Calcutta medical institutions reports 1892-1900
Year: 1892
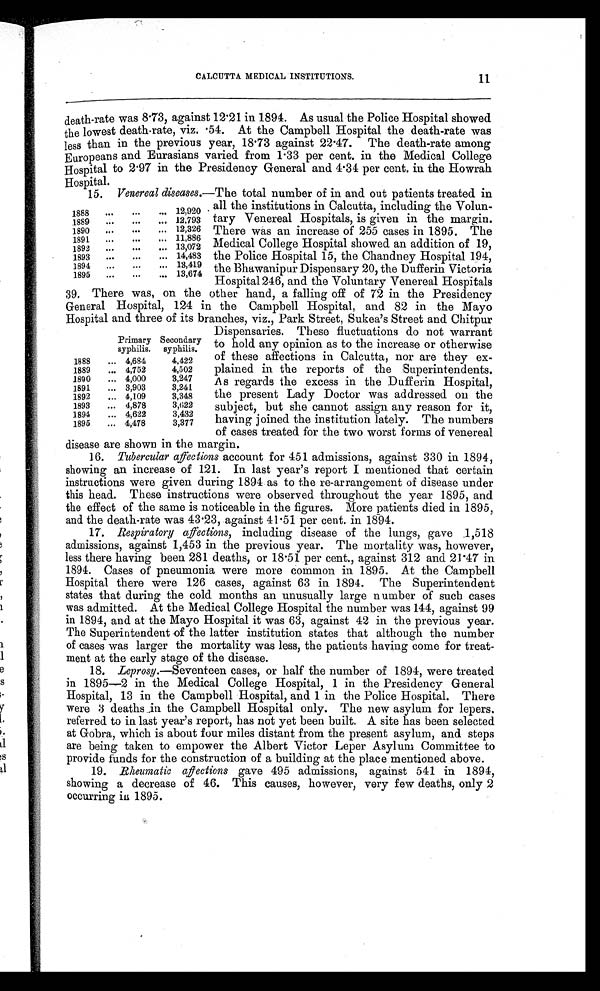
CALCUTTA MEDICAL INSTITUTIONS.
11
death-rate was 8.73, against 12.21 in 1894. As usual the Police Hospital showed
the lowest death-rate, viz. .54. At the Campbell Hospital the death-rate was
less than in the previous year, 18.73 against 22.47. The death-rate among
Europeans and Eurasians varied from 1.33 per cent. in the Medical College
Hospital to 2.97 in the Presidency General and 4.34 per cent. in the Howrah
Hospital.
15. Venereal diseases.—The total number of in and out patients treated in
all the institutions in Calcutta, including the Volun
-tary Venereal Hospitals, is given in the margin.
There was an increase of 255 cases in 1895. The
Medical College Hospital showed an addition of 19,
the Police Hospital 15, the Chandney Hospital 194,
the Bhawanipur Dispensary 20, the Dufferin Victoria
Hospital 246, and the Voluntary Venereal Hospitals
39. There was, on the other hand, a falling off of 72 in the Presidency
General Hospital, 124 in the Campbell Hospital, and 82 in the Mayo
Hospital and three of its branches, viz., Park Street, Sukea's Street and Chitpur
1888
12,920
1889
12,793
1890
12,326
1891
11,886
1892
13,072
1893
14,483
1894
13,419
1895
13,674
Primary
syphilis.
Secondary
syphilis.
1888
4,684
4,422
1889
4,752
4,502
1890 .4,000
3,247
1891
3,903
3,241
1892
4,109
3,348
1893
4,878
3,622
1894
.4,622
3,432
1895
4,478
3,377
Dispensaries. These fluctuations do not warrant
to hold any opinion as to the increase or otherwise
of these affections in Calcutta, nor are they ex
-plained in the reports of the Superintendents.
As regards the excess in the Dufferin Hospital,
the present Lady Doctor was addressed on the
subject, but she cannot assign any reason for it,
having joined the institution lately. The numbers
of cases treated for the two worst forms of venereal
disease are shown in the margin.
16. Tubercular affections account for 451 admissions, against 330 in 1894,
showing an increase of 121. In last year's report I mentioned that certain
instructions were given during 1894 as to the re-arrangement of disease under
this head. These instructions were observed throughout the year 1895, and
the effect of the same is noticeable in the figures. More patients died in 1895,
and the death-rate was 43.23, against 41.51 per cent. in 1894.
17. Respiratory affections, including disease of the lungs, gave 1,518
admissions, against 1,453 in the previous year. The mortality was, however,
less there having been 281 deaths, or 18.51 per cent., against 312 and 21.47 in
1894. Cases of pneumonia were more common in 1895. At the Campbell
Hospital there were 126 cases, against 63 in 1894. The Superintendent
states that during the cold months an unusually large number of such cases
was admitted. At the Medical College Hospital the number was 144, against 99
in 1894, and at the Mayo Hospital it was 63, against 42 in the previous year.
The Superintendent of the latter institution states that although the number
of cases was larger the mortality was less, the patients having come for treat
-ment at the early stage of the disease.
18. Leprosy.—Seventeen cases, or half the number of 1894, were treated
in 1895—2 in the Medical College Hospital, 1 in the Presidency General
Hospital, 13 in the Campbell Hospital, and 1 in the Police Hospital. There
were 3 deaths in the Campbell Hospital only. The new asylum for lepers.
referred to in last year's report, has not yet been built. A site has been selected
at Gobra, which is about four miles distant from the present asylum, and steps
are being taken to empower the Albert Victor Leper Asylum Committee to
provide funds for the construction of a building at the place mentioned above.
19.
Rheumatic affectionsg a v e 4 9 5 a d m i s s i o n s , a g a i n s t 5 4 1 i n 1 8 9 4 ,
showing a decrease of 46. This causes, however, very few deaths, only 2
occurring in 1895.